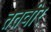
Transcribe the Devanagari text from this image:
ततवीर